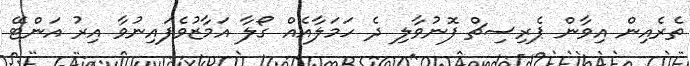
ތެރެއިން އިވާން ޕެރިސިޗް ފޮނުވާލި ދެ ހަމަލާއެއް ގޯލާ އަމާޒުވެފައިނުވާ އިރު އަންޓޭ